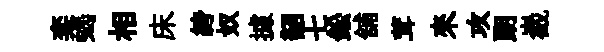
奕蝎相床絝奴據韶七鈆舖茸來攻朗嶻